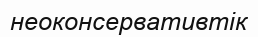
неоконсервативтік